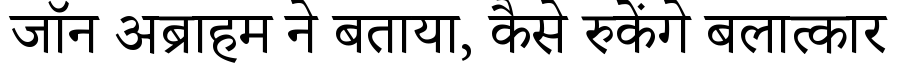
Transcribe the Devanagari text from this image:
जॉन अब्राहम ने बताया, कैसे रुकेंगे बलात्कार